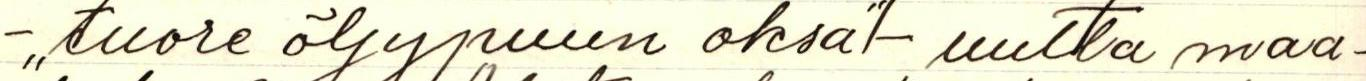
-,,tuore öljypuun oksa"/- uutta maa-